Indian Medical Review
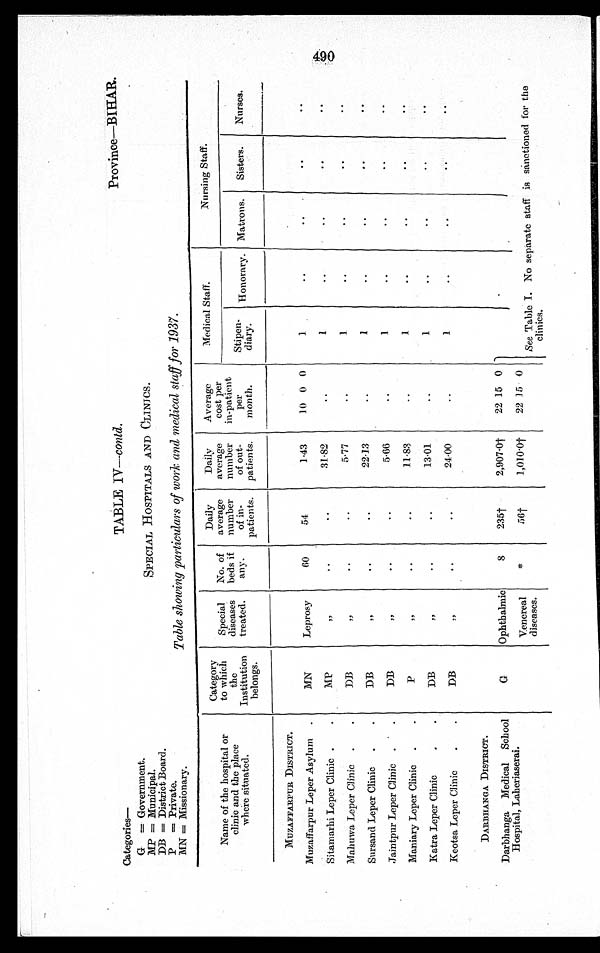
Province—BIHAR.
Categories—.
G =Government.
MP = Municipal.
DB = District Board.
P
P =Private.
-
MN =Missionary.
TABLE IV— contd.
SPECIAL HOSPITALS AND CLINICS.
Table showing particulars of work and, medical staff for 1937.
Name of the hospital or
clinic and the place
where situated.
Category
to which
the
Institution
belongs.
Special
diseases
treated.
No. of
beds if
any.
Daily
average
number
of in-
patients.
Daily
average
number
of out-
patients.
Average
cost per
in-patient
per
month.
Medical Staff.
Nursing Staff.
Stipen-
diary.
Honorary. Matrons.
Sisters.
Nurses.
MUZAFFARPUR DISTRICT.
MN
Leprosy
60
54
1.43
10 0 0
1
..
..
. .
. .
Muzaffarpur Leper Asylum
Sitamarhi Leper Clinic
M P
,,
. .
..
31.82
. .
1
. .
. .
. .
. .
Mahuwa Leper Clinic
D B
,,
. .
. .
5.77
. .
1
. .
. .
. .
. .
Sursand Leper Clinic
D B
„
. .
. .
2 2 . 1 3
. .
1
. . ..
. .
. .
Jaintpur Leper Clinic
DB
,,
. .
..
5.66
..
1
..
. .
. .
. .
Maniary Leper Clinic
p
,,
..
..
11.83
. . 1
. .
. .
. .
. .
Katra Leper Clinic
DB
,,
..
. .
13.01
..
1
..
..
..
. .
Keotsa Leper Clinic
DB
,,
. .
..
24.00
. . 1
..
. .
..
. .
DARBHANGA DISTRICT.
G
Ophthalmic
8
235†
2,907.0†
22 15 0
See Table I. No separate staff is sanctioned for the
clinics.
Darbhanga Medical School
Hospital, Laheriaserai.
Venereal
diseases.
*
56f
1,010.0†
22 15 • 0